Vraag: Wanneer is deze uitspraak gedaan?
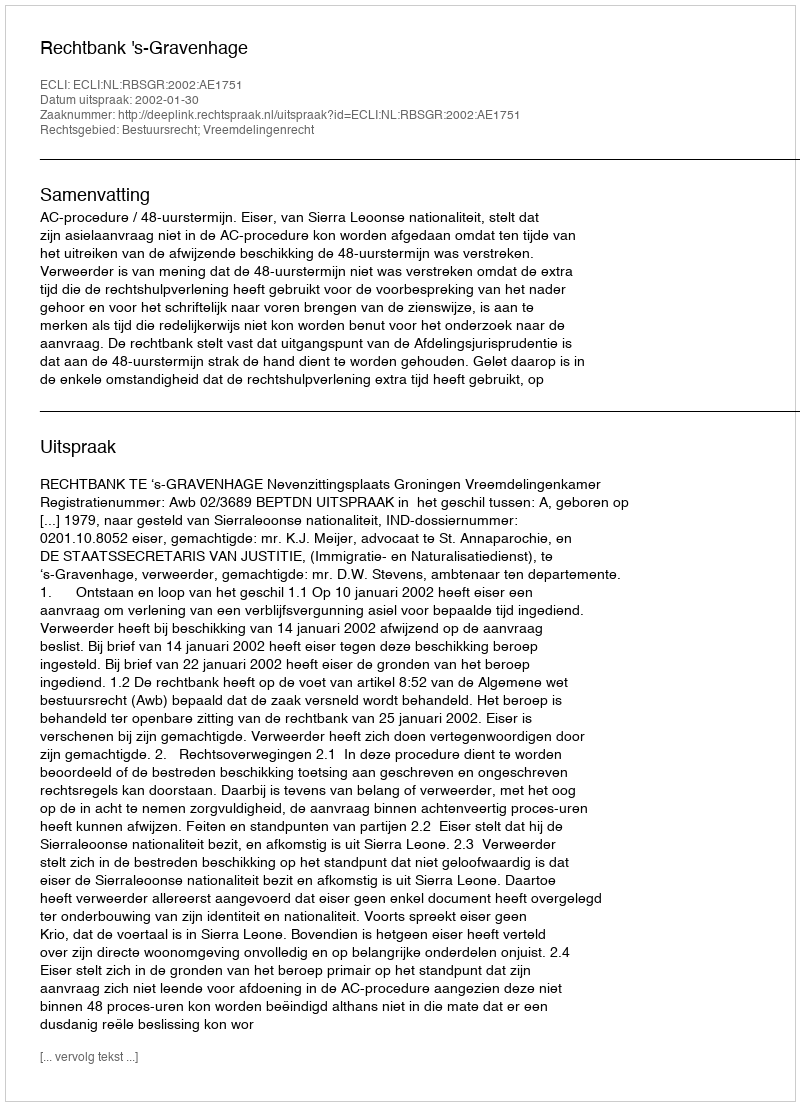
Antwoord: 2002-01-30